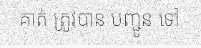
គាត់ ត្រូវបាន បញ្ជូន ទៅ